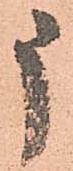
申